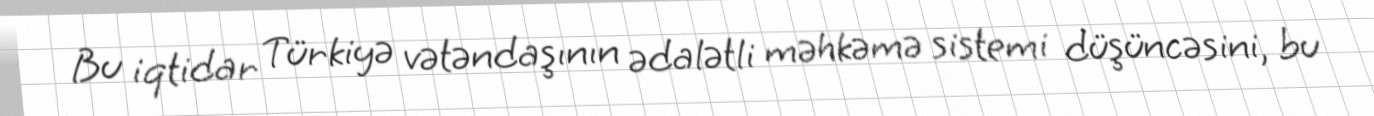
Bu iqtidar Türkiyə vətəndaşının ədalətli məhkəmə sistemi düşüncəsini, bu